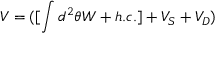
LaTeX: V = ( [ \int d ^ { 2 } \theta W + h . c . ] + V _ { S } + V _ { D } )